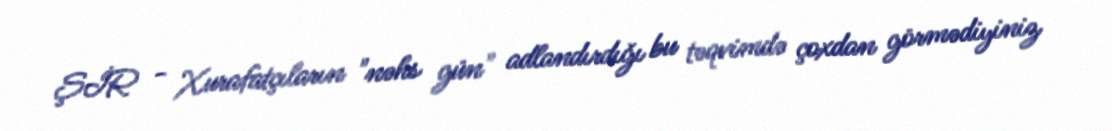
ŞİR - Xurafatçıların "nəhs gün" adlandırdığı bu təqvimdə çoxdan görmədiyiniz